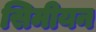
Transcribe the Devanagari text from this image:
सिमीयन